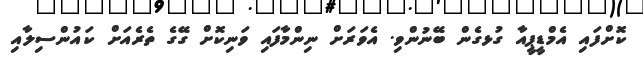
ކޮށްފައި އެމްޑީޕީއާ ގުޅގެން ބޭނުންވި. އެވަރަށް ނިންމާފައި ވަނިކޮށް ގޭގެ ތެރެއަށް ކައުންސިލާއި